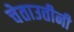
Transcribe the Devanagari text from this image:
चेताउतीनी